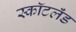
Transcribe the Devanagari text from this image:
स्कॉटलॅंड